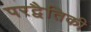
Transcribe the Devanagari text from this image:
परद्वैतिकी